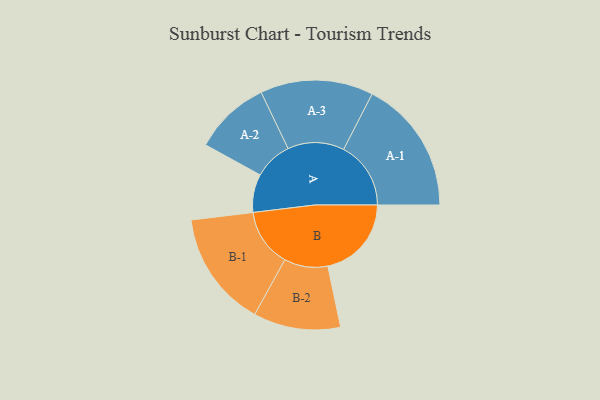
{"axis": {"x": "Segment", "y": "Value"}, "legend": ["", "A", "B"], "data": [{"x": "A", "y": 142, "type": ""}, {"x": "B", "y": 311, "type": ""}, {"x": "A-1", "y": 250, "type": "A"}, {"x": "A-2", "y": 142, "type": "A"}, {"x": "A-3", "y": 210, "type": "A"}, {"x": "B-1", "y": 216, "type": "B"}, {"x": "B-2", "y": 162, "type": "B"}]}